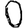
Digit: 0